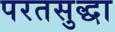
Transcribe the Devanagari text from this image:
परतसुद्धा